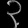
Digit: ၃